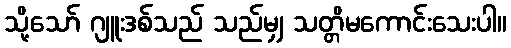
သို့သော် ဂျူးဒစ်သည် သည်မျှ သတ္တိမကောင်းသေးပါ။